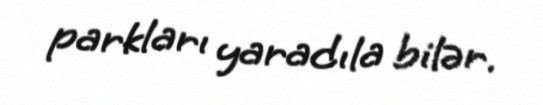
parkları yaradıla bilər.